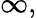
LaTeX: \infty,